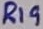
Text: R19